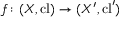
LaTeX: f \colon ( X , \operatorname { c l } ) \to ( X ^ { \prime } , \operatorname { c l } ^ { \prime } )